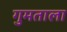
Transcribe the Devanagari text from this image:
गुमताला